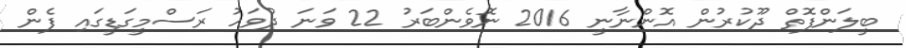
ބީލަންފޮތް ދޫކުރުން އޮންނާނީ 2016 ނޮވެންބަރު 22 ވަނަ ދުވަހު ރަސްމީގަޑީގައި ފެން